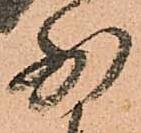
少